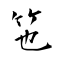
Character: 竾